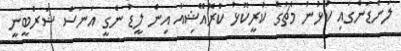
ލަންޑަންގައި ކުޅުނު މެޗުގެ ކުރީކޮޅު ކްރޮއޭޝިއާ އިން ލީޑު ނެގީ އަނަސް ޝަރްބީނީ